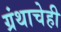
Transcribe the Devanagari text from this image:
ग्रंथाचेही